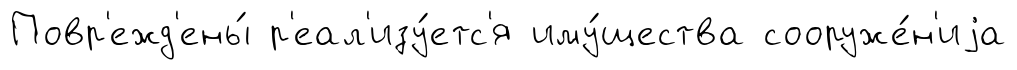
Повр'ежд'ены́ р'еал'изу́етс'я иму́щества сооруже́н'иjа